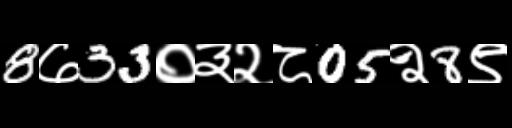
Text: 8७33०३२८05२8९